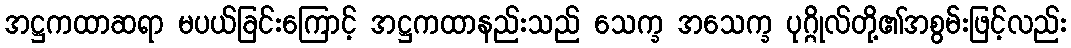
အဋ္ဌကထာဆရာ မပယ်ခြင်းကြောင့် အဋ္ဌကထာနည်းသည် သေက္ခ အသေက္ခ ပုဂ္ဂိုလ်တို့၏အစွမ်းဖြင့်လည်း